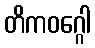
တိကဝဂ္ဂေါ